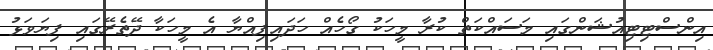
އިންސްޓިޓިއުޝަންގައި މަސައްކަތް ކުރާ މީހަކު ގޯހެއް ހަދައިފިއްޔާ އެ މީހަކާ ދޭތެރޭގައި ފިޔަވަޅު